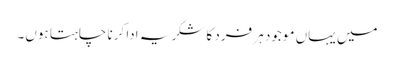
میں یہاں موجود ہر فرد کا شکریہ ادا کرنا چاہتا ہوں۔